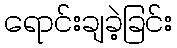
ရောင်းချခဲ့ခြင်း